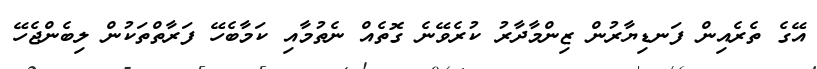
އޭގެ ތެރެއިން ފަނޑިޔާރުން ޒިންމާދާރު ކުރެވޭނެ ގޮތެއް ނެތުމާއި ކަމާބެހޭ ފަރާތްތަކުން ލިބެންޖެހޭ